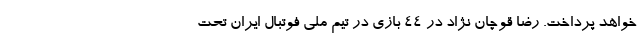
خواهد پرداخت. رضا قوچان نژاد در ۴۴ بازی در تیم ملی فوتبال ایران تحت